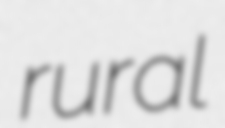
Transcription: rural